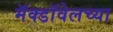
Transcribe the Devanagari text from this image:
मॅक्डॉवेलच्या